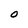
Character: O